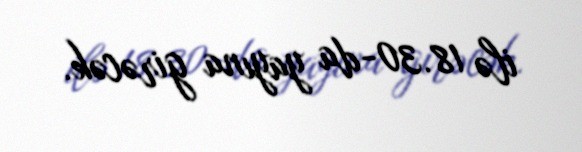
ilə 18.30-da yayına girəcək.